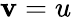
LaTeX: \mathbf{v}=u